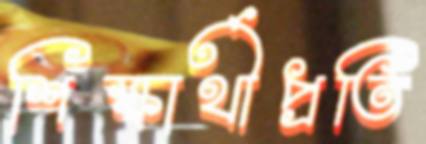
শিক্ষার্থীপ্রতি